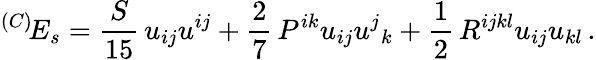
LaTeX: ^{(C)}\! E_{s}=\frac{S}{15}\, u_{ij}u^{ij}+\frac 27\, P^{ik}u_{ij}u^{j}{}_{k}+\frac 12\, R^{ijkl}u_{ij}u_{kl}\, .